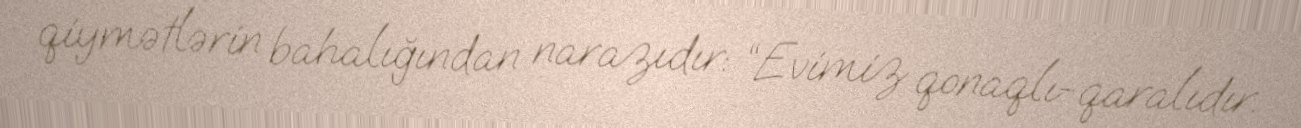
qiymətlərin bahalığından narazıdır: “Evimiz qonaqlı-qaralıdır.